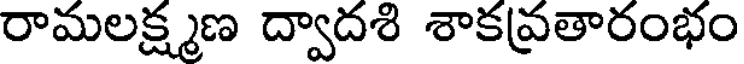
రామలక్ష్మణ ద్వాదశి శాకవ్రతారంభం